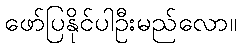
ဖော်ပြနိုင်ပါဦးမည်လော။